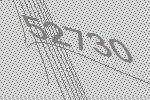
52730